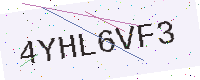
Text: 4YHL6VF3